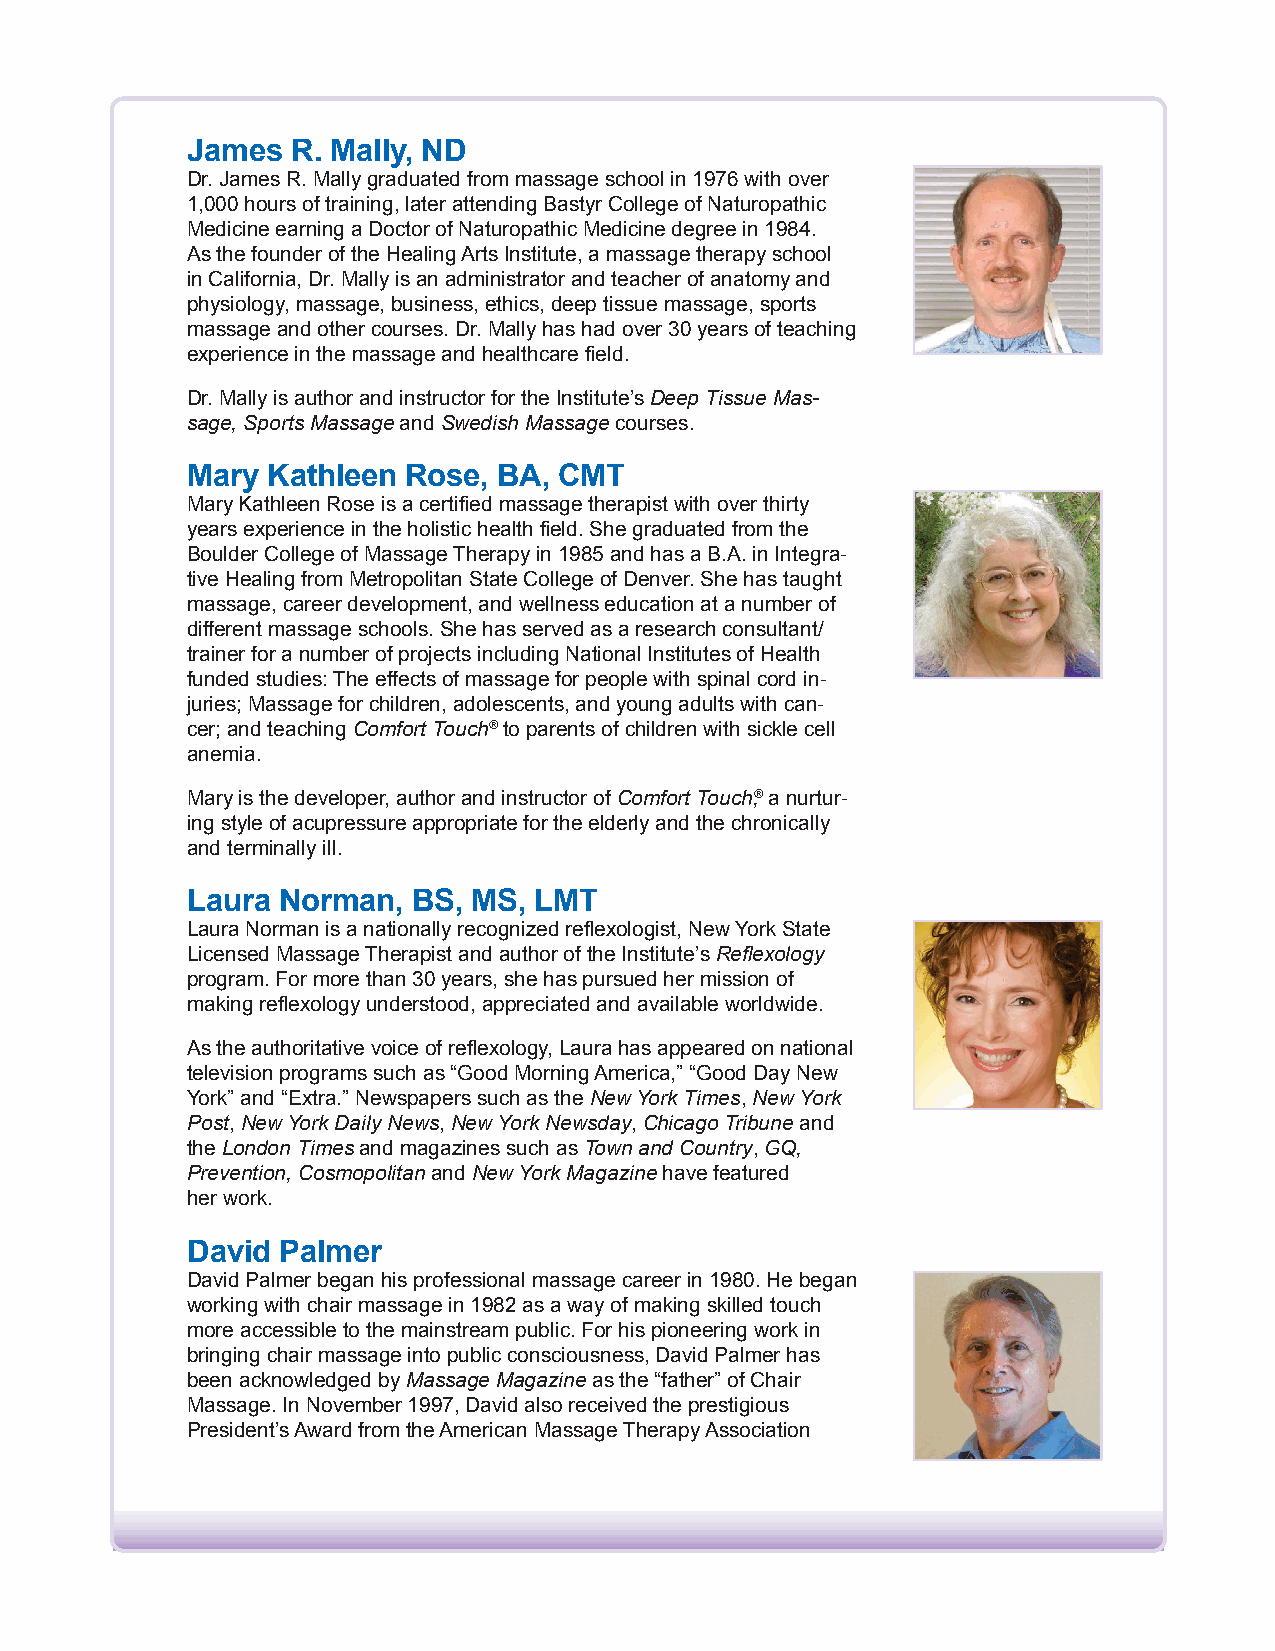
James  R. Mally, ND
 Dr. James R. Mally graduated from massage school in 1976 with over
 1,000 hours of training, later attending Bastyr College of Naturopathic
 Medicine earning a Doctor of Naturopathic Medicine degree in 1984.
 As the founder of the Healing Arts Institute, a massage therapy school
 in California, Dr. Mally is an administrator and teacher of anatomy and
 physiology, massage, business, ethics, deep tissue massage, sports
 massage and other courses. Dr. Mally has had over 30 years of teaching
 experience in the massage and healthcare field.
 Dr. Mally is author and instructor for the Institute’s Deep Tissue Mas-
 sage, Sports Massage and Swedish Massage courses.
 Mary  Kathleen Rose, BA, CMT
 Mary Kathleen Rose is a certified massage therapist with over thirty
 years experience in the holistic health field. She graduated from the
 Boulder College of Massage Therapy in 1985 and has a B.A. in Integra-
 tive Healing from Metropolitan State College of Denver. She has taught
 massage, career development, and wellness education at a number of
 different massage schools. She has served as a research consultant/
 trainer for a number of projects including National Institutes of Health
 funded studies: The effects of massage for people with spinal cord in-
 juries; Massage for children, adolescents, and young adults with can-
 cer; and teaching Comfort Touch® to parents of children with sickle cell
 anemia.
 Mary is the developer, author and instructor of Comfort Touch,® a nurtur-
 ing style of acupressure appropriate for the elderly and the chronically
 and terminally ill.
 Laura Norman,  BS, MS, LMT
 Laura Norman is a nationally recognized reflexologist, New York State
 Licensed Massage Therapist and author of the Institute’s Reflexology
 program. For more than 30 years, she has pursued her mission of
 making reflexology understood, appreciated and available worldwide.
 As the authoritative voice of reflexology, Laura has appeared on national
 television programs such as “Good Morning America,” “Good Day New
 York” and “Extra.” Newspapers such as the New York Times, New York
 Post, New York Daily News, New York Newsday, Chicago Tribune and
 the London Times and magazines such as Town and Country, GQ,
 Prevention, Cosmopolitan and New York Magazine have featured
 her work.
 David Palmer
 David Palmer began his professional massage career in 1980. He began
 working with chair massage in 1982 as a way of making skilled touch
 more accessible to the mainstream public. For his pioneering work in
 bringing chair massage into public consciousness, David Palmer has
 been acknowledged by Massage Magazine as the “father” of Chair
 Massage. In November 1997, David also received the prestigious
 President’s Award from the American Massage Therapy Association